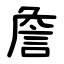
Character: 詹